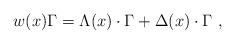
LaTeX: \begin{align*}w(x)\Gamma =\Lambda (x)\cdot \Gamma +\Delta (x)\cdot \Gamma \,\,,\end{align*}